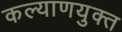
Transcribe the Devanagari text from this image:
कल्याणयुक्त